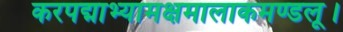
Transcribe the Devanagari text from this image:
करपद्माभ्यामक्षमालाकमण्डलू।